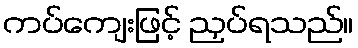
ကပ်ကျေးဖြင့် ညှပ်ရသည်။